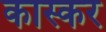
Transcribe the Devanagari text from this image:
कास्कर